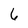
Character: 6